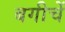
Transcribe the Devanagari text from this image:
बगीचें